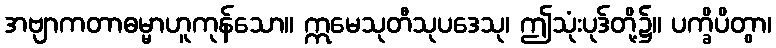
အဗျာကတာဓမ္မာဟူကုန်သော။ ဣမေသုတီသုပဒေသု၊ ဤသုံးပုဒ်တို့၌။ ပက္ခိပိတွာ၊